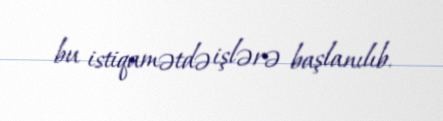
bu istiqamətdə işlərə başlanılıb.